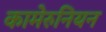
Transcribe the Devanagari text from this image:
कामेरुनियन